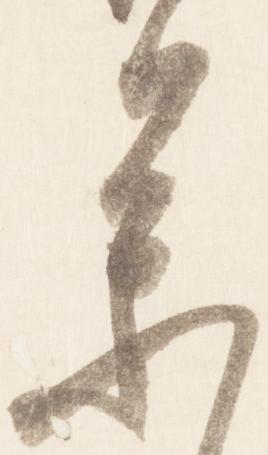
参